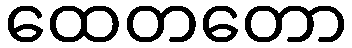
ထေတတော